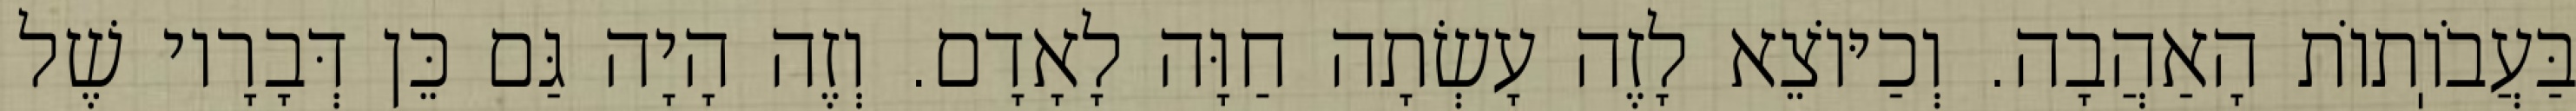
בַּעֲבֹוֽתוֹת הָאַהֲבָה. וְכַיּוֹצֵא לָזֶה עָשְׂתָה חַוָּה לָאָדָם. וְזֶה הָיָה גַּם כֵּן דְּבָרָיו שֶׁל